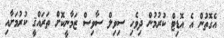
އެގޮތުން އެ އޮޑިޓް ކުރުމުން ދިވެހި ސިވިލް ސާވިސް ޒަމާނީކޮށް ތަރައްޤީ ކުރުމަށާއި